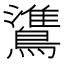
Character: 𬷯